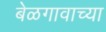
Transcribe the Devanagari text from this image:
बेळगावाच्या